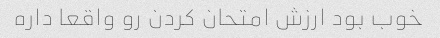
خوب بود ارزش امتحان کردن رو واقعا داره